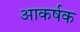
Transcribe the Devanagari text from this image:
आकर्षक